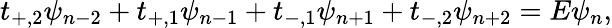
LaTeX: t_{+,2}\psi_{n-2}+t_{+,1}\psi_{n-1}+t_{-,1}\psi_{n+1}+t_{-,2}\psi_{n+2}=E\psi_{n},